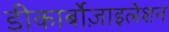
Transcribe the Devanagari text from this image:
डीकार्बोज़ाइलेशन